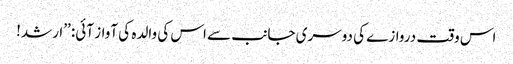
اس وقت دروازے کی دوسری جانب سے اس کی والدہ کی آواز آئی: ’’ارشد!